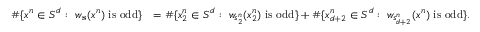
\begin{array} { r l } { \# \{ x ^ { n } \in S ^ { d } : \ w _ { \mathbf { s } } ( x ^ { n } ) \mathrm { ~ i s ~ o d d } \} } & { = \# \{ x _ { 2 } ^ { n } \in S ^ { d } : \ w _ { s _ { 2 } ^ { n } } ( x _ { 2 } ^ { n } ) \mathrm { ~ i s ~ o d d } \} + \# \{ x _ { d + 2 } ^ { n } \in S ^ { d } : \ w _ { s _ { d + 2 } ^ { n } } ( x ^ { n } ) \mathrm { ~ i s ~ o d d } \} . } \end{array}